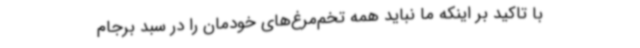
با تاکید بر اینکه ما نباید همه تخم‌مرغ‌های خودمان را در سبد برجام